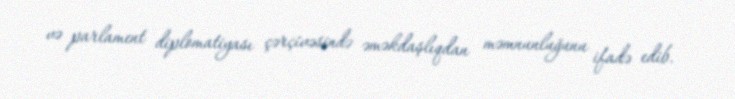
və parlament diplomatiyası çərçivəsində əməkdaşlıqdan məmnunluğunu ifadə edib.